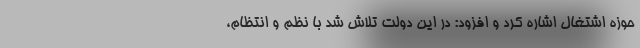
حوزه اشتغال اشاره کرد و افزود: در این دولت تلاش شد با نظم و انتظام،